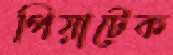
পিয়াটেক